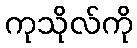
ကုသိုလ်ကို